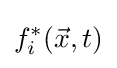
f_{i}^{\ast }({\vec {x}},t)